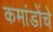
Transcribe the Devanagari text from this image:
कमांडोंचे